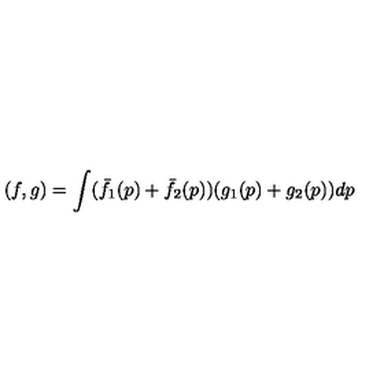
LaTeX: ( f , g ) = \int ( \bar { f } _ { 1 } ( p ) + \bar { f } _ { 2 } ( p ) ) ( g _ { 1 } ( p ) + g _ { 2 } ( p ) ) d p